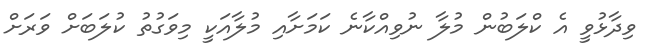
ވިދާޅުވީ އެ ކްލަބުން މުލާ ނުވިއްކާނެ ކަމަށާއި މުލާއަކީ މިވަގުތު ކުލަބަށް ވަރަށް